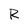
Character: R